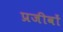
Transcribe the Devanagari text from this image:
प्रजीवों